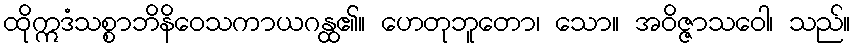
ထိုဣဒံသစ္စာဘိနိဝေသကာယဂန္ထ၏။ ဟေတုဘူတော၊ သော။ အဝိဇ္ဇာသဝေါ၊ သည်။